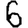
Digit: 6